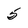
Character: 5